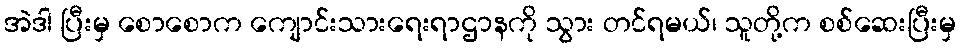
အဲဒါ ပြီးမှ စောစောက ကျောင်းသားရေးရာဌာနကို သွား တင်ရမယ်၊ သူတို့က စစ်ဆေးပြီးမှ